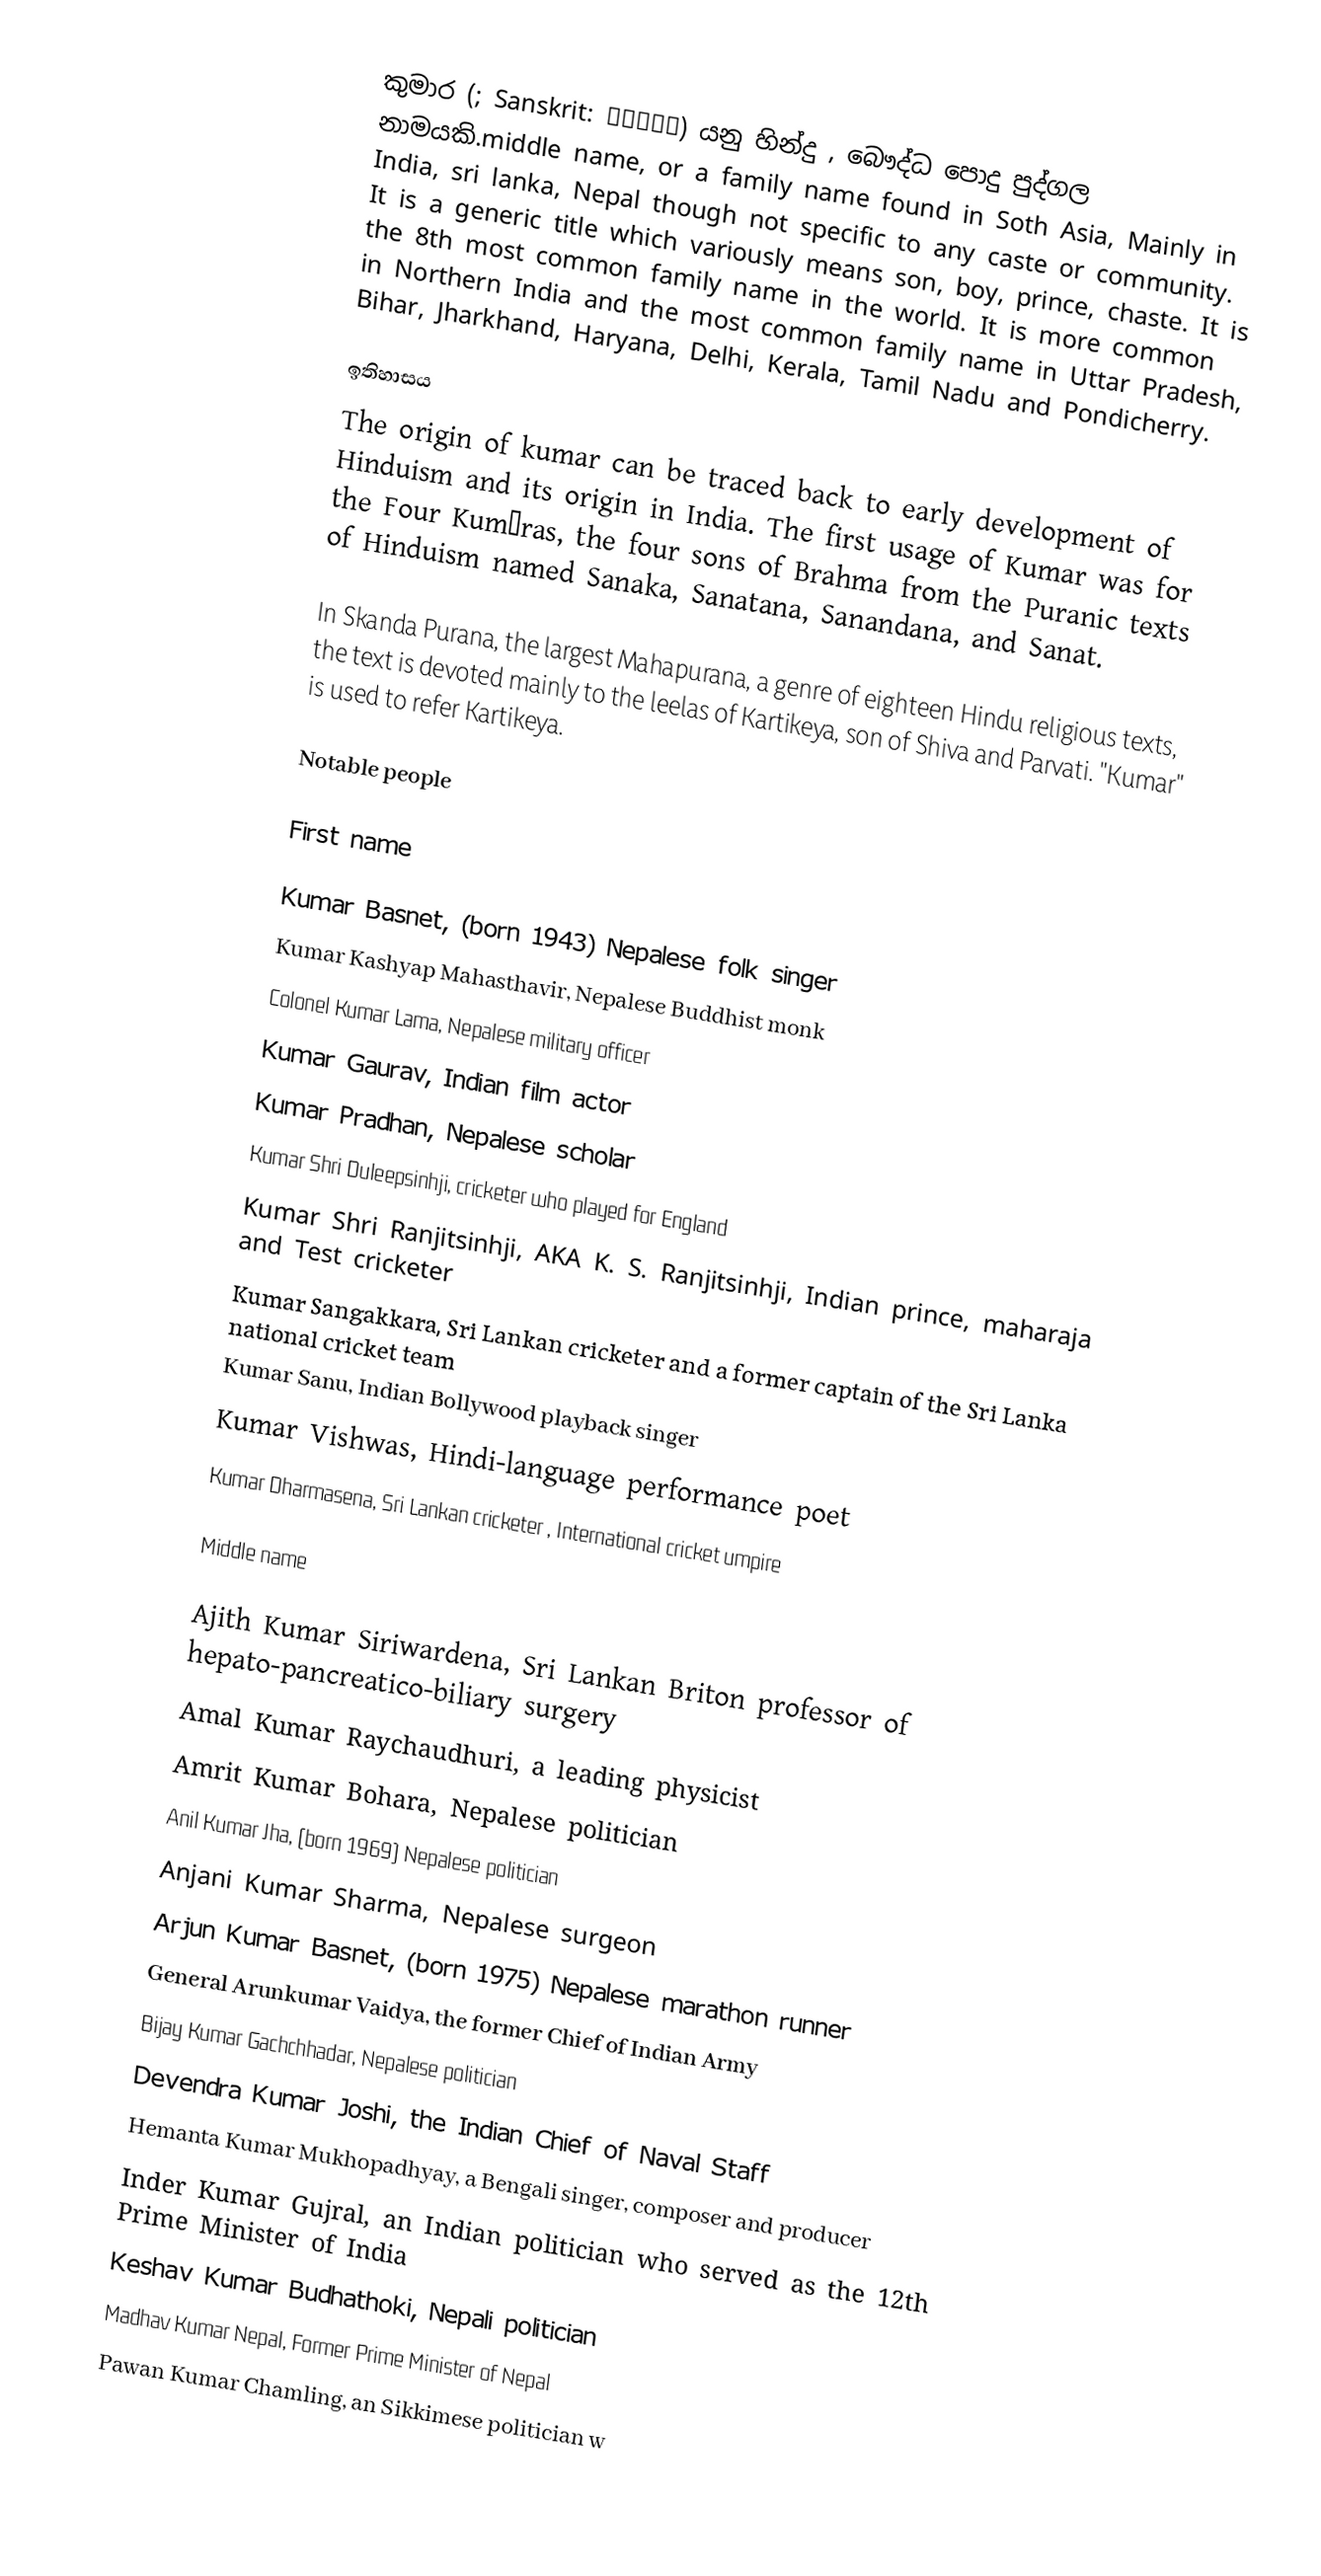
කුමාර (; Sanskrit: कुमार) යනු හින්දු , බෞද්ධ පොදු පුද්ගල නාමයකි.middle name, or a family name found in Soth Asia, Mainly in India, sri lanka, Nepal though not specific to any caste or community. It is a generic title which variously means son, boy, prince, chaste. It is the 8th most common family name in the world. It is more common in Northern India and the most common family name in Uttar Pradesh, Bihar, Jharkhand, Haryana, Delhi, Kerala, Tamil Nadu and Pondicherry.

ඉතිහාසය
The origin of kumar can be traced back to early development of Hinduism and its origin in India. The first usage of Kumar was for the Four Kumāras, the four sons of Brahma from the Puranic texts of Hinduism named Sanaka, Sanatana, Sanandana, and Sanat.

In Skanda Purana, the largest Mahapurana, a genre of eighteen Hindu religious texts, the text is devoted mainly to the leelas of Kartikeya, son of Shiva and Parvati. "Kumar" is used to refer Kartikeya.

Notable people

First name

 Kumar Basnet, (born 1943) Nepalese folk singer
 Kumar Kashyap Mahasthavir, Nepalese Buddhist monk
 Colonel Kumar Lama, Nepalese military officer
 Kumar Gaurav, Indian film actor
 Kumar Pradhan, Nepalese scholar
 Kumar Shri Duleepsinhji, cricketer who played for England
 Kumar Shri Ranjitsinhji, AKA K. S. Ranjitsinhji, Indian prince, maharaja and Test cricketer
 Kumar Sangakkara, Sri Lankan cricketer and a former captain of the Sri Lanka national cricket team
 Kumar Sanu, Indian Bollywood playback singer
 Kumar Vishwas, Hindi-language performance poet
 Kumar Dharmasena, Sri Lankan cricketer , International cricket umpire

Middle name

 Ajith Kumar Siriwardena, Sri Lankan Briton professor of hepato-pancreatico-biliary surgery
 Amal Kumar Raychaudhuri, a leading physicist
 Amrit Kumar Bohara, Nepalese politician
 Anil Kumar Jha, (born 1969) Nepalese politician
 Anjani Kumar Sharma, Nepalese surgeon
 Arjun Kumar Basnet, (born 1975) Nepalese marathon runner
 General Arunkumar Vaidya, the former Chief of Indian Army
 Bijay Kumar Gachchhadar, Nepalese politician
 Devendra Kumar Joshi, the Indian Chief of Naval Staff
 Hemanta Kumar Mukhopadhyay, a Bengali singer, composer and producer
 Inder Kumar Gujral, an Indian politician who served as the 12th Prime Minister of India
 Keshav Kumar Budhathoki, Nepali politician
 Madhav Kumar Nepal, Former Prime Minister of Nepal
 Pawan Kumar Chamling, an Sikkimese politician w